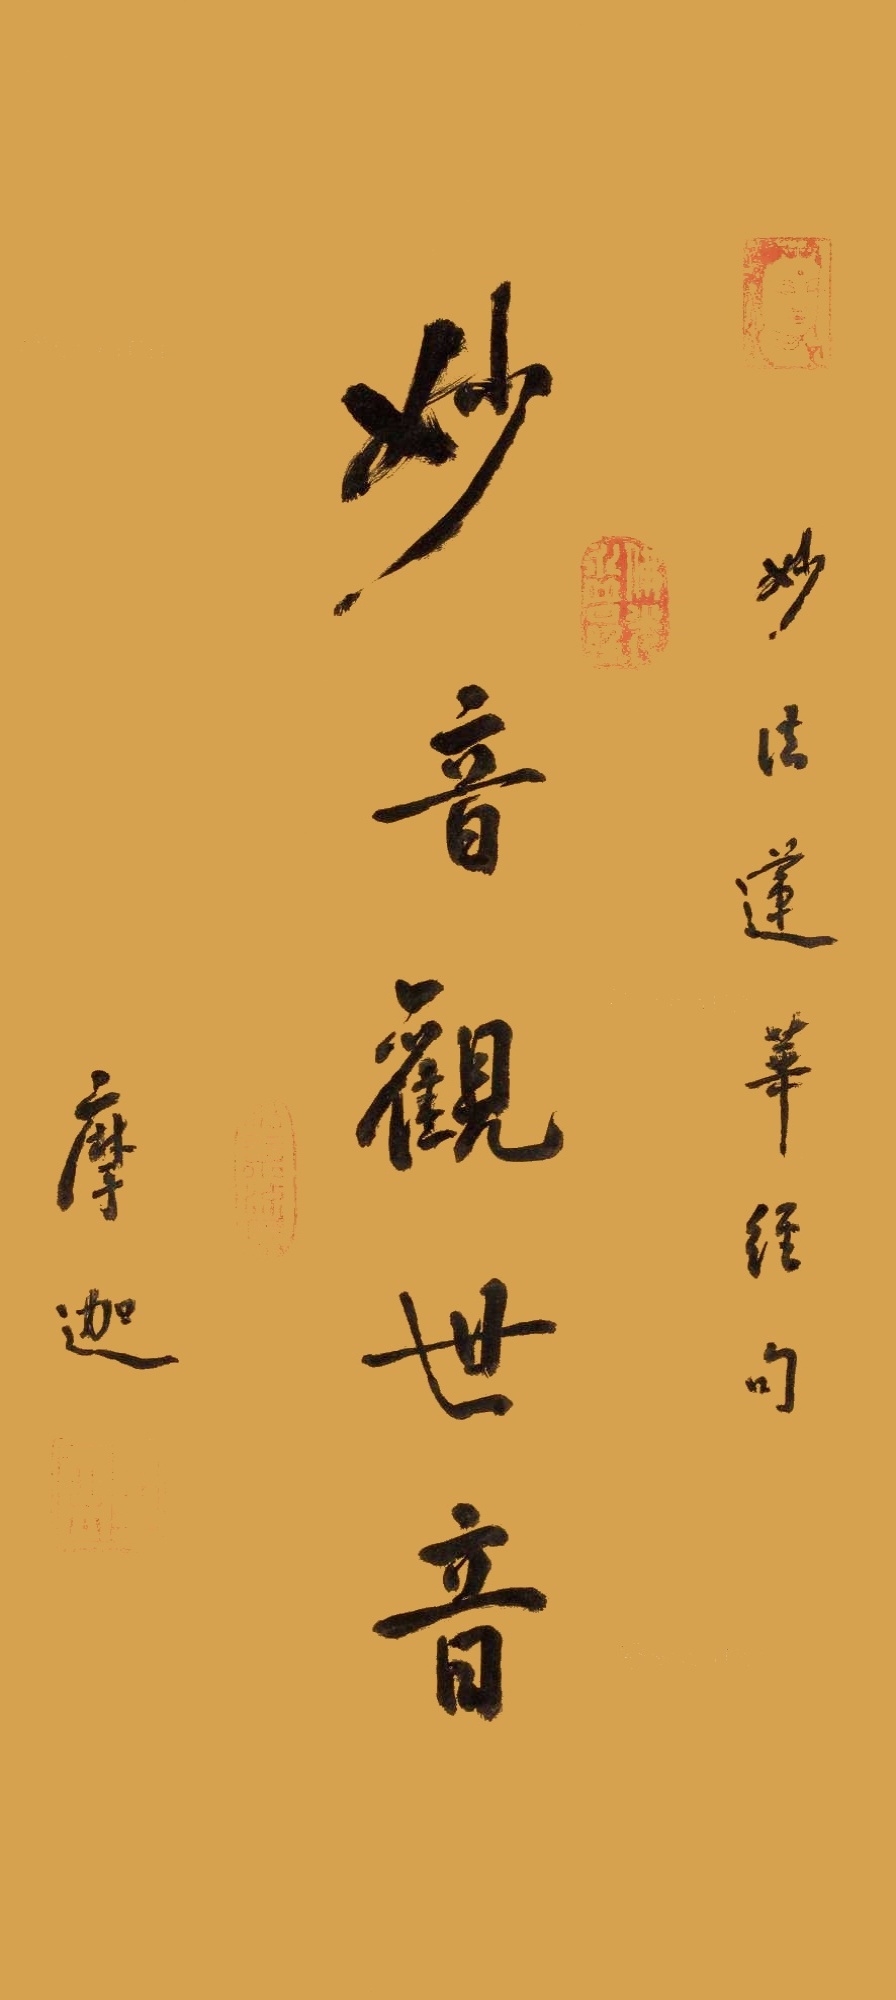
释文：妙音观世音。妙法莲华经句。摩迦。